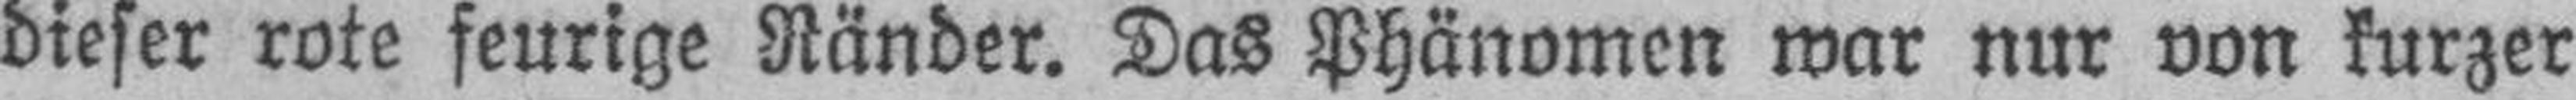
dieser rote feurige Ränder. Das Phänomen war nur von kurzer